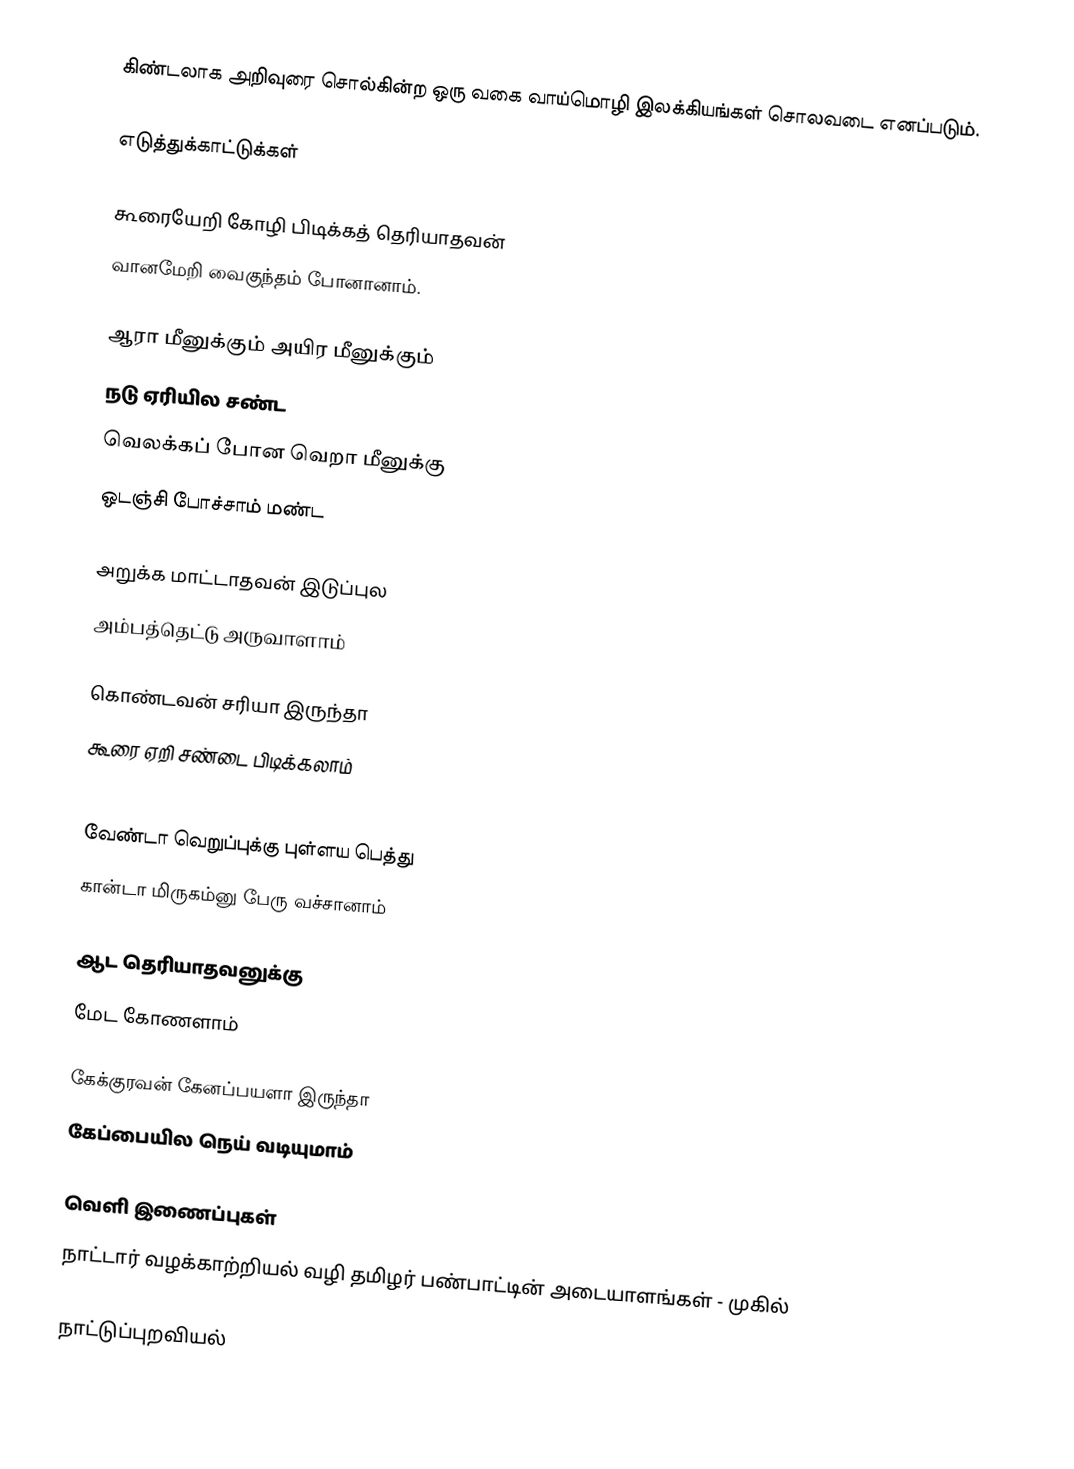
கிண்டலாக அறிவுரை சொல்கின்ற ஒரு வகை வாய்மொழி இலக்கியங்கள் சொலவடை எனப்படும்.

எடுத்துக்காட்டுக்கள்

கூரையேறி கோழி பிடிக்கத் தெரியாதவன்
வானமேறி வைகுந்தம் போனானாம்.

ஆரா மீனுக்கும் அயிர மீனுக்கும்
நடு ஏரியில சண்ட
வெலக்கப் போன வெறா மீனுக்கு
ஒடஞ்சி போச்சாம் மண்ட

அறுக்க மாட்டாதவன் இடுப்புல
அம்பத்தெட்டு அருவாளாம்

கொண்டவன் சரியா இருந்தா
கூரை ஏறி சண்டை பிடிக்கலாம்

வேண்டா வெறுப்புக்கு புள்ளய பெத்து
கான்டா மிருகம்னு பேரு வச்சானாம்

ஆட தெரியாதவனுக்கு
மேட கோணளாம்

கேக்குரவன் கேனப்பயளா இருந்தா
கேப்பையில நெய் வடியுமாம்

வெளி இணைப்புகள்
 நாட்டார் வழக்காற்றியல் வழி தமிழர் பண்பாட்டின் அடையாளங்கள் - முகில்

நாட்டுப்புறவியல்